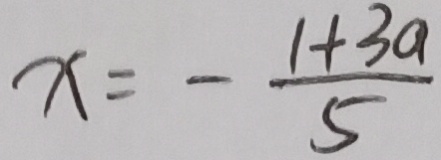
x = - \frac { 1 + 3 a } { 5 }